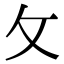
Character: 攵